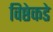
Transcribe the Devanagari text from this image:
विष्ठेकडे